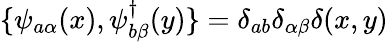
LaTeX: \{ \psi_{a\alpha}(x),\psi_{b\beta}^{\dagger}(y)\} =\delta_{ab}\delta_{\alpha\beta}\delta(x,y)